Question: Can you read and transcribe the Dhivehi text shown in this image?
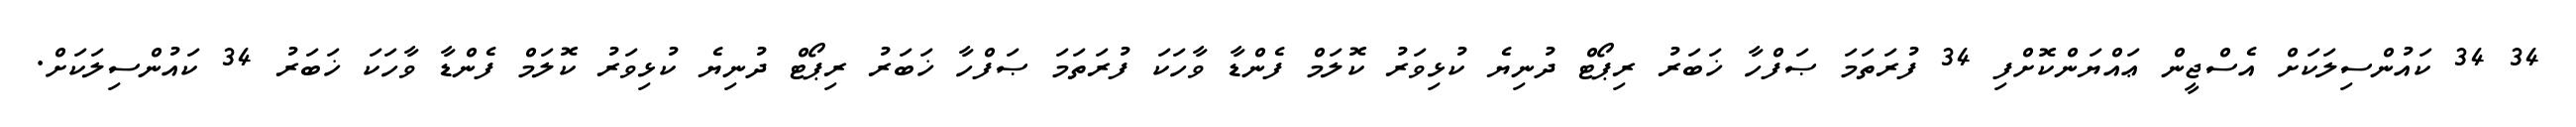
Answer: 34 34 ކައުންސިލަކަށް އެސްޖީން ޢައްޔަންކޮށްފި 34 ފުރަތަމަ ޞަފްހާ ޚަބަރު ރިޕޯޓް ދުނިޔެ ކުޅިވަރު ކޮލަމް ފެންޑާ ވާހަކަ ފުރަތަމަ ޞަފްހާ ޚަބަރު ރިޕޯޓް ދުނިޔެ ކުޅިވަރު ކޮލަމް ފެންޑާ ވާހަކަ ޚަބަރު 34 ކައުންސިލަކަށް.